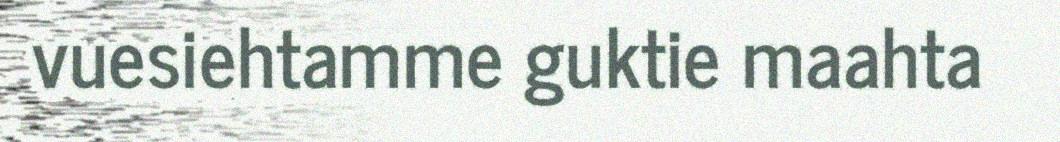
vuesiehtamme guktie maahta